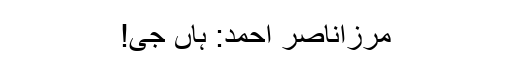
مرزاناصر احمد: ہاں جی!